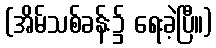
(အိမ်သစ်ခန်း၌ ရေးခဲ့ပြီ။)